Report on horse surra - Volume I
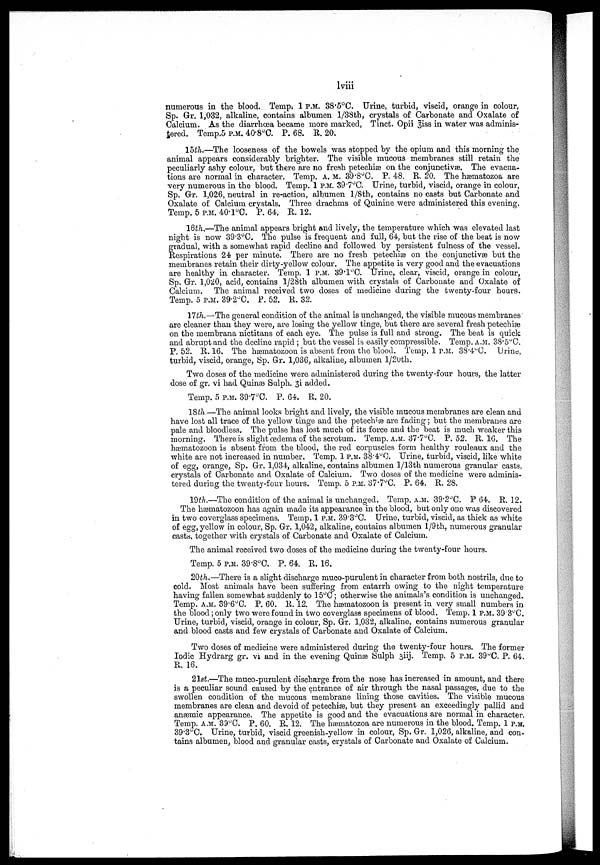
lviii
numerous in the blood. Temp. 1 P.M. 38.5°C. Urine, turbid, viscid, orange in colour,
Sp. GR. 1,032, alkaline, contains albumen l/38th, crystals of Carbonate and Oxalate of
Calcium. As the diarrhœa became more marked, Tinct. Opii 3iss in water was adminis-
tered. Temp.5 P.M. 40.8°C. P. 68. R. 20.
15th.—The looseness of the bowels was stopped by the opium and this morning the
animal appears considerably brighter. The visible mucous membranes still retain the
peculiarly ashy colour, but there are no fresh petechiæ on the conjunctivæ. The evacua-
tions are normal in character. Temp. A. M. 39.8°C. P. 48. R. 20. The hæmatozoa are
very numerous in the blood. Temp. 1 P.M. 39.7°C. Urine, turbid, viscid, orange in colour,
Sp. Gr. 1,026, neutral in re-action, albumen l/8th, contains no casts but Carbonate and
Oxalate of Calcium crystals. Three drachms of Quinine were administered this evening.
Temp. 5 P.M. 40.l°C. P. 64. R. 12.
16th.—The animal appears bright and lively, the temperature which was elevated last
night is now 39.3°C. The pulse is frequent and full, 64, but the rise of the beat is now
gradual, with a somewhat rapid decline and followed by persistent fulness of the vessel.
Respirations 24 per minute. There are no fresh petechia on the conjunctivae but the
membranes retain their dirty-yellow colour. The appetite is very good and the evacuations
are healthy in character. Temp. 1 P.M. 39.1°C. Urine, clear, viscid, orange in colour,
Sp. Gr. 1,020, acid, contains 1/28th albumen with crystals of Carbonate and Oxalate of
Calcium. The animal received two doses of medicine during the twenty-four hours.
Temp. 5 P.M. 39.2°C. P. 52. R. 32.
17th.—The general condition of the animal is unchanged, the visible mucous membranes
are cleaner than they were, are losing the yellow tinge, but there are several fresh petechiæ
on the membrana nictitans of each eye. The pulse is full and strong. The beat is quick
and abrupt and the decline rapid ; but the vessel is easily compressible. Temp. A.M. 38.5°C.
P. 52. R. 16. The hæmatozoon is absent from the blood. Temp. 1 P.M. 38.4°C. Urine,
turbid, viscid, orange, Sp. Gr. 1,036, alkaline, albumen l/20th.
Two doses of the medicine were administered during the twenty-four hours, the latter
dose of gr. vi had Quinæ Sulph. 3i added.
Temp. 5 P.M. 39.7°C. P. 64. R. 20.
18th.—The animal looks bright and lively, the visible mucous membranes are clean and
have lost all trace of the yellow tinge and the petechiæ are fading; but the membranes are
pale and bloodless. The pulse has lost much of its force and the beat is much weaker this
morning. There is slight œdema of the scrotum. Temp. A.M. 37.7°C. P. 52. R. 16. The
hæmatozoon is absent from the blood, the red corpuscles form healthy rouleaux and the
white are not increased in number. Temp. 1 P.M. 38.4°C. Urine, turbid, viscid, like white
of egg, orange, Sp. Gr. 1,034, alkaline, contains albumen l/13th numerous granular casts,
crystals of Carbonate and Oxalate of Calcium. Two doses of the medicine were adminis-
tered during the twenty-four hours. Temp. 5 P.M. 37.7°C. P. 64. R. 28.
19th.—The condition of the animal is unchanged. Temp. A.M. 39.2°C. P 64. R. 12.
The hæmatozoon has again made its appearance in the blood, but only one was discovered
in two coverglass specimens. Temp. 1 P.M. 39.3°C. Urine, turbid, viscid, as thick as white
of egg, yellow in colour, Sp. Gr. 1,042, alkaline, contains albumen l/9th, numerous granular
casts, together with crystals of Carbonate and Oxalate of Calcium.
The animal received two doses of the medicine during the twenty-four hours.
Temp. 5 P.M. 39.8°C. P. 64. R. 16.
20th.—There is a slight discharge muco-purulent in character from both nostrils, due to
cold. Most animals have been suffering from catarrh owing to the night temperature
having fallen somewhat suddenly to 15°C ; otherwise the animals's condition is unchanged.
Temp. A.M. 39.6°C. P. 60. R. 12. The hæmatozoon is present in very small numbers in
the blood ; only two were found in two coverglass specimens of blood. Temp. 1 P.M. 39.3°C.
Urine, turbid, viscid, orange in colour, Sp. Gr. 1,032, alkaline, contains numerous granular
and blood casts and few crystals of Carbonate and Oxalate of Calcium.
Two doses of medicine were administered during the twenty-four hours. The former
Iodic Hydrarg gr. vi and in the evening Quinæ Sulph 3iij. Temp. 5 P.M. 39°C. P. 64.
R. 16.
21st.—The muco-purulent discharge from the nose has increased in amount, and there
is a peculiar sound caused by the entrance of air through the nasal passages, due to the
swollen condition of the mucous membrane lining those cavities. The visible mucous
membranes are clean and devoid of petechiæ, but they present an exceedingly pallid and
anaemic appearance. The appetite is good and the evacuations are normal in character.
Temp. A.M. 39°C. P. 60. R. 12. The hæmatozoa are numerous in the blood. Temp. 1 P.M.
39.3°C. Urine, turbid, viscid greenish-yellow in colour, Sp. Gr. 1,026, alkaline, and con-
tains albumen, blood and granular casts, crystals of Carbonate and Oxalate of Calcium.